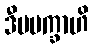
ဒီပမက္ခာဟိ